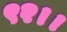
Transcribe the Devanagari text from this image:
९२।।